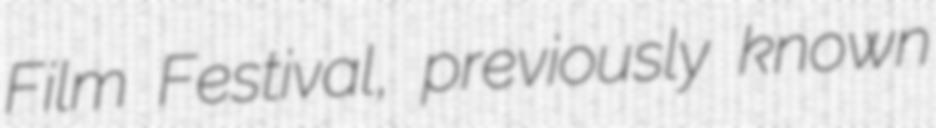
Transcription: Film Festival, previously known